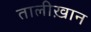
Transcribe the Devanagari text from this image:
तालीख़ान